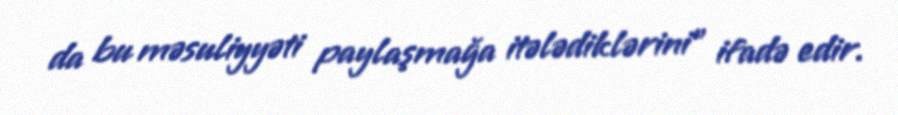
da bu məsuliyyəti paylaşmağa itələdiklərini" ifadə edir.